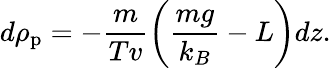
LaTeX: d\rho_{\mathrm{p}}=-{\frac{m}{Tv}}\bigg({\frac{mg}{k_{B}}}-L\bigg)dz.